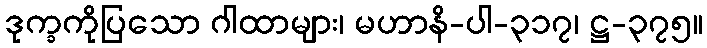
ဒုက္ခကိုပြသော ဂါထာများ၊ မဟာနိ-ပါ-၃၁၇၊ ဋ္ဌ-၃၇၅။